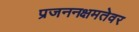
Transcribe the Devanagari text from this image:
प्रजननक्षमतेवर